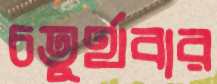
চতুর্থবার